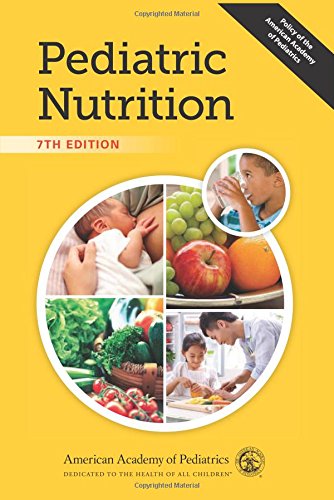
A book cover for Pediatric Nutrition; Medical Books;